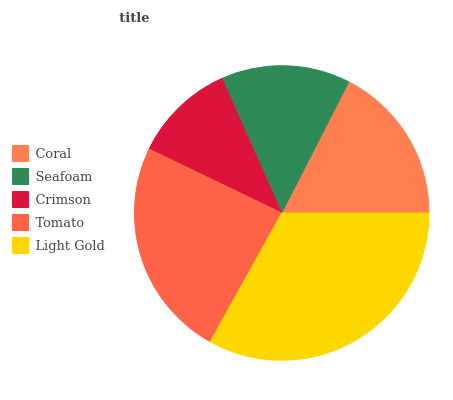
| Coral | Seafoam | Crimson | Tomato | Light Gold |
 | --- | --- | --- | --- | --- |
 | 17.5% | 14.2% | 11.2% | 24% | 33.1% |